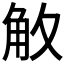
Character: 𮗡